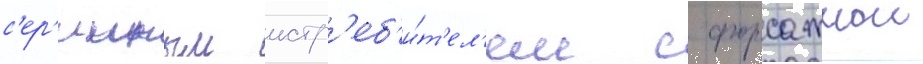
с'ер'ииным истр'еб'и́т'ел'ем с форсажнои